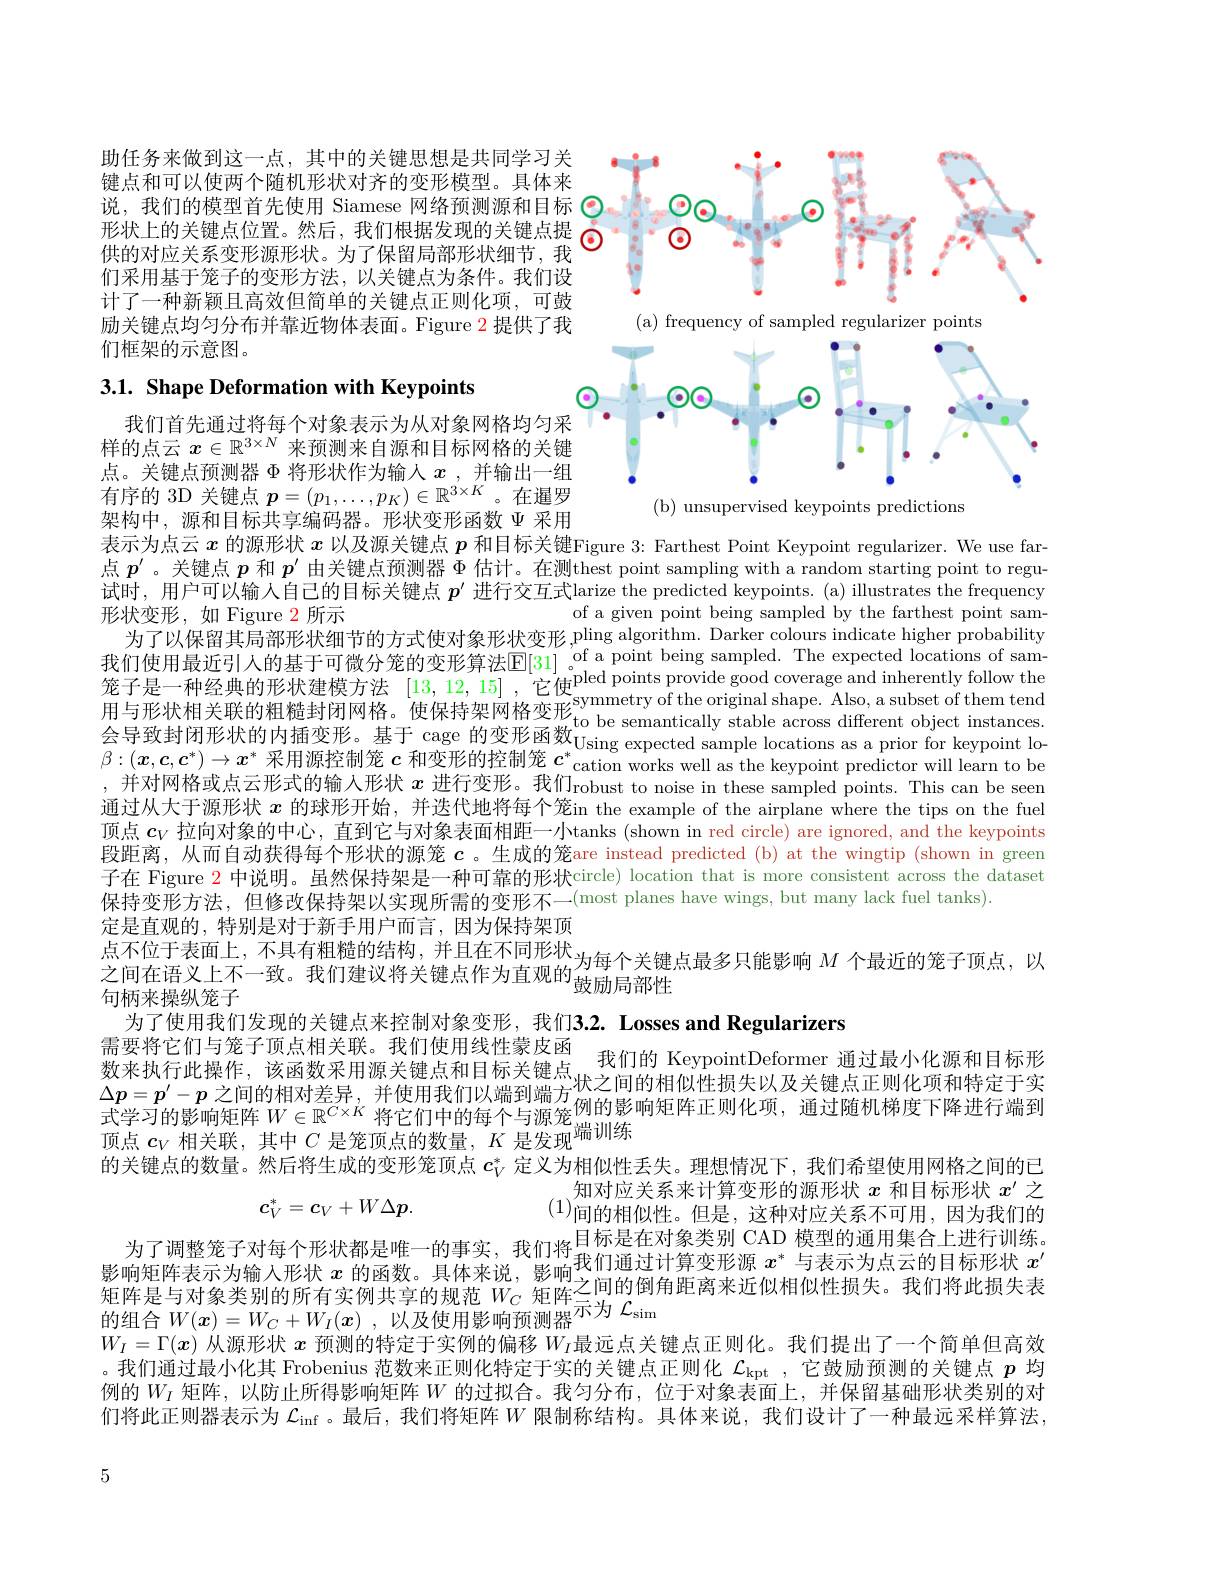
<FigureHere>

助任务来做到这一点，其中的关键思想是共同学习关键点和可以使两个随机形状对齐的变形模型。具体来说，我们的模型首先使用 Siamese 网络预测源和目标$\color{red}{\textcircled{\cdot}}$
形状上的关键点位置。然后，我们根据发现的关键点提供的对应关系变形源形状。为了保留局部形状细节，我们采用基于笼子的变形方法，以关键点为条件。我们设计了一种新颖且高效但简单的关键点正则化项，可鼓励关键点均匀分布并靠近物体表面。Figure 2 提供了我们框架的示意图。

3.1. Shape Deformation with Keypoints

(a) frequency of sampled regularizer points
<FigureHere>

我们首先通过将每个对象表示为从对象网格均匀采

样的点云$x\in\mathbb{R}^{3\times N}$来预测来自源和目标网格的关键

点。关键点预测器$\Phi$ 将形状作为输入 $x$ ,并输出一组

有序的 3D 关键点$p=(p_1,\ldots,p_K)\in\mathbb{R}^{3\times K}$。在暹罗

(b) unsupervised keypoints predictions

架构中，源和目标共享编码器。形状变形函数$\Psi$ 采用

表示为点云$x$的源形状$x$以及源关键点$p$和目标关键Figure 3: Farthest Point Keypoint regularizer. We use far点$p^{\prime}$。关键点$p$和$p^\prime$由关键点预测器$\Phi$估计。在测thest point sampling with a random starting point to regu试时，用户可以输入自己的目标关键点$p^{\prime}$进行交互式larize the predicted keypoints. (a) illustrates the frequency 形状变形，如 Figure 2 所示
of a given point being sampled by the farthest point sam-
$\begin{aligned}\text{为了以保留其局部形状细节的方式使对象形状变形，pling algorithm.Darker colours indicate higher probability}\\\text{我们使用最近引人的基于可微分笼的变形算法[E[3]]。of opint being sampled. The expected locations of sam-}\\\text{笼子是一种经典的形状建模方法[13,12,15],它使}\end{aligned}$pled points provide good coverage and inherently foll 用 与 形 状 相 关 联 的 粗 糙 封 闭 网 格 。使 保 持 架 网 格 变 形 oto be semantically stable across different object instances. $\text{会 导 致 封 闭 形 状 的 内 插 变 形 。基 于 cage 的 变 形 函 数 Usnge expected sample locations as a prior for keypoint lo- : ( x, c, c) x* \text{ 采 用 源 控 制 笼 }c\text{ 和 变 形 的 控 制 笼 }c\text{ 和 变 形 的 控 制 笼 }c{}}^*$ cation works well as , 并 对 网 格 或 点 云 形 式 的 输 人 形 状 $x$ 进 行 变 形 。我 们 robust to noise in the keypomt predctor will learn to be, 并 对 网 格 或 点 云 形 式 的 输 入 形 状 $x$ 进 行 变 形 。我 们 robust to noise in these sampled points. This can be seen 通 过 从 十 王 酒 形 状 $x$ 的 球 亚 开 始 $x$ 并 选 代 地 将 后 众 签 . $x$ in these sampled points. This can be seen 通过从大于源形状$x$的球形开始，并迭代地将每个笼in the example of the airplane where the tips on the fuel 顶点$c_V$拉向对象的中心，直到它与对象表面相距一小tanks (shown in red circle) are ignored, and the keypoints 段距离，从而自动获得每个形状的源笼$c$ 。生成的笼are instead predicted (b) at the wingtip (shown in green 子在 Figure 2 中说明。虽然保持架是一种可靠的形状circle) location that is more consistent across the dataset 保持变形方法，但修改保持架以实现所需的变形不一(most planes have wings, but many lack fuel tanks).
定 是 直 观 的 , 特 别 是 对 于 新 手 用 户 而 言 , 因 为 保 持 架 顶 点 不 位 于 表 面 上 , 不 具 有 粗 糙 的 结 构 , 并 且 在 不 同 形 状 $\text{之间在语义上不一致。我们建议将关键点作为直观的}_{\text{故励局部性}}$为每个关键点最多只能影响 $M$ 个 最 近 的 笼 子 顶 点 , 以

鼓励局部性

句柄来操纵笼子

为了使用我们发现的关键点来控制对象变形，我们3.2. Losses and Regularizers
$$c_V^*=c_V+W\Delta p.$$
需要将它们与笼子顶点相关联。我们使用线性蒙皮函
数来执行此操作，该函数采用源关键点和目标关键点 我们的 KeypointDeformer 通过最小化源和目标形数来执行此操作，该函数采用源关键点和目标关键点 壮之间的担们性担生以及关键点正则化面和蛙台王守$\Delta p=p^{\prime}-p$ 之间的相对差异，并使用我们以端到端方$f_\text{例的影响矩阵正则化项}$过随机梯度下降进行端到$\begin{aligned}\Delta p=p^{\prime}-p\text{ 之间的相对差异，并使用我们以端到端方似二间的相似住损失以及天键点上则化项和符止于头}\\\text{式学习的影响矩阵 }W\in\mathbb{R}^{C\times K}\text{ 将它们中的每个与源笼例的影响矩阵正则化项，通过随机梯度下降进行端到}\\\text{顶点 }c_V\text{ 相关联、其中 }C\text{ 是笼顶点的数量、}K\text{ 是发现}\end{aligned}$ 的关键点的数量。然后将生成的变形笼顶点$c_V^*$定义为相似性丢失。理想情况下，我们希望使用网格之间的已
知对应关系来计算变形的源形状$x$和目标形状$x^\prime$之(1)间 的 相 似 性 。但 是 , 这 种 对 应 关 系 不 可 用 , 因 为 我 们 的 日 起 目 在 对 当 时 CAD 措 刑 的 话 用 年 人 上 出 纪 训 练
目标是在对象类别 CAD 模型的通用集合上进行训练。
为了调整笼子对每个形状都是唯一的事实，我们将$^\text{口亦定正内参人所}{\circ}^{1\text{决主可远川来日上近门列办}}x^{*}$与表示为点云的目标形状 $x^\prime$ 影 响 矩 阵 表 示 为 输 入 形 状 $x\text{ 的 函 数 。具 体 来 说 , 影 响 }^\text{我 们 问 迪 辽 什 异 文 尼 陈 }x^{\text{ 一 次 次 小 分 点 公 可 目 你 仍 休 }x}$ 矩 阵 是 与 对 象 类 别 的 所 有 实 例 共 享 的 规 范 $W_C$ 矩 阵 之 间 的 倒 角 距 离 来 近 似 相 似 性 损 失 。我 们 将 此 损 失 表 的 组 合 $W( \boldsymbol{x}) = W_C+ W_I( \boldsymbol{x})$ , 以 及 使 用 影 响 预 测 器$W_I=\Gamma(x)$从源形状$x$预测的特定于实例的偏移$W_I$最远点关键点正则化。我们提出了一个简单但高效。我们通过最小化其 Frobenius 范数来正则化特定于实的关键点正则化$\mathcal{L}_\mathrm{kpt}$ ,它鼓励预测的关键点$p$均例的$W_I$矩阵，以防止所得影响矩阵$W$的过拟合。我匀分布，位于对象表面上，并保留基础形状类别的对们将此正则器表示为$\mathcal{L}_\mathrm{inf}$ 。最后，我们将矩阵$W$限制称结构。具体来说，我们设计了一种最远采样算法，

5